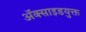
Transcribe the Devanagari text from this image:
अॅक्साइडयुक्त